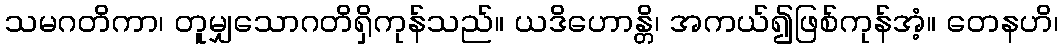
သမဂတိကာ၊ တူမျှသောဂတိရှိကုန်သည်။ ယဒိဟောန္တိ၊ အကယ်၍ဖြစ်ကုန်အံ့။ တေနဟိ၊